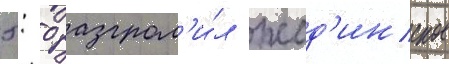
5: 0 разгром'и́л жод'инское